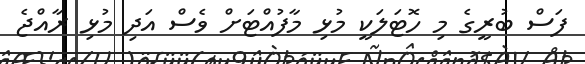
ފަސް ބުރީގެ މި ހޮޓަލަކީ މުޅި މާފުއްޓަށް ވެސް އަދި މުޅި ރާއްޖެ